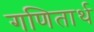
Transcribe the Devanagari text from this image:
गणितार्थ